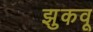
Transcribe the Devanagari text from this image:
झुकवू